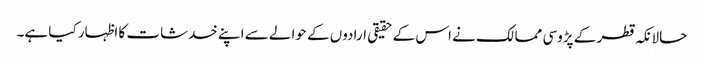
حالانکہ قطر کے پڑوسی ممالک نے اس کے حقیقی ارادوں کے حوالے سے اپنے خدشات کا اظہار کیا ہے۔